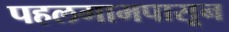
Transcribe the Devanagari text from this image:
पहलगामपासून